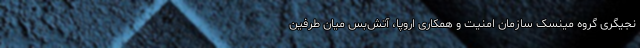
نجیگری گروه مینسک سازمان امنیت و همکاری اروپا، آتش‌بس میان طرفین